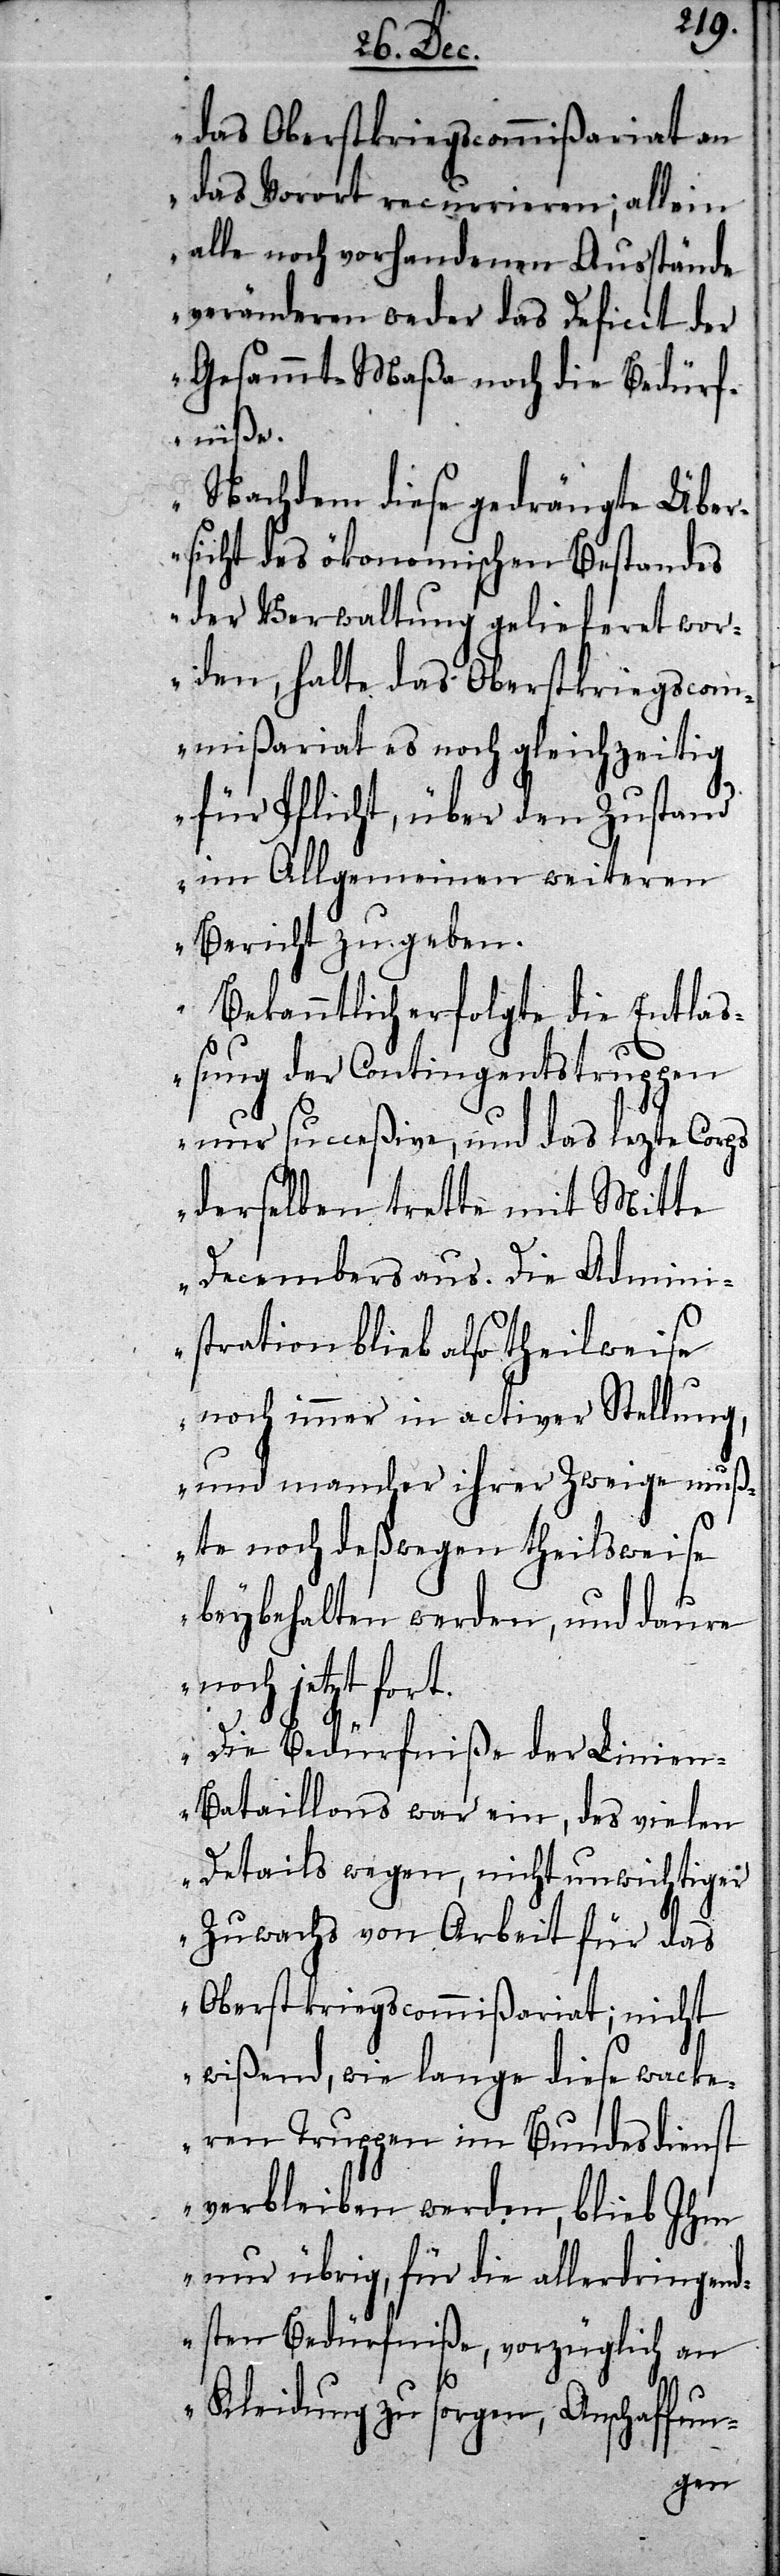
das Oberstkriegscommißariat an
das Vorort recurrieren; allein
alle noch vorhandenen Ausstände
veränderen weder das Deficit der
Gesammt-Maßa noch die Bedürf¬
niße.
Nachdem diese gedrängte Über¬
sicht des ökonomischen Bestandes
der Verwaltung gelieferet wor¬
den, halte das Oberstkriegscom¬
mißariat es noch gleichzeitig
für Pflicht, über den Zustand
im Allgemeinen weiteren
Bericht zu geben.
Bekanntlich erfolgte die Entla¬
ßung der Contingentstruppen
nur succeßive, und das lezte Corps
derselben trette mit Mitte
Decembers aus. Die Admini¬
stration blieb also theilweise
noch immer in activer Stellung,
und mancher ihrer Zweige muß¬
te noch deßwegen theilsweise
beybehalten werden, und daure
noch jetzt fort.
Die Bedürfniße der Linie¬
n-Bataillons war ein, des vielen
Details wegen, nicht unwichtiger
Zuwachs von Arbeit, für das
Oberstkriegscommißariat; nicht
wißend, wie lange diese wacke¬
ren Truppen im Bundesdienst
verbleiben werden, blieb Ihm
nur übrig, für die allerdringend¬
sten Bedürfniße, vorzüglich an
Kleidung zu sorgen, Anschaffun-